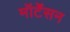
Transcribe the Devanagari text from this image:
मॉर्टेंसन